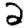
Digit: 2